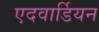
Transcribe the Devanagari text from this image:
एदवार्डियन